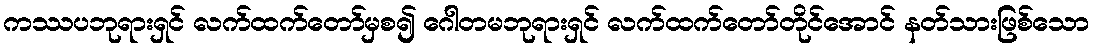
ကဿပဘုရားရှင် လက်ထက်တော်မှစ၍ ဂေါတမဘုရားရှင် လက်ထက်တော်တိုင်အောင် နတ်သားဖြစ်သော